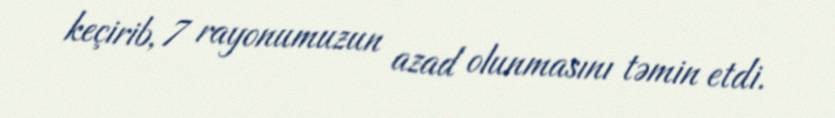
keçirib, 7 rayonumuzun azad olunmasını təmin etdi.